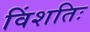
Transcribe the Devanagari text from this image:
विंशतिः